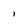
Character: I